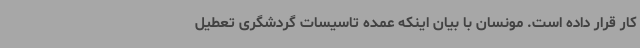
کار قرار داده است. مونسان با بیان اینکه عمده تاسیسات گردشگری تعطیل